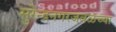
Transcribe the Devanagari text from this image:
सुरेन्द्रनगरजवळच्या